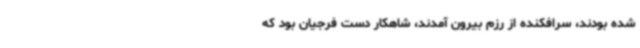
شده بودند، سرافکنده از رزم بیرون آمدند، شاهکار دست فرجیان بود که